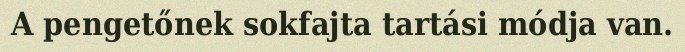
A pengetőnek sokfajta tartási módja van.